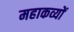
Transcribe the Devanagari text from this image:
महाकव्यों